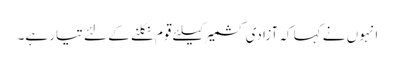
انہوں نے کہا کہ آزادی کشمیر کیلئے قوم نکلنے کے لئے تیار ہے۔